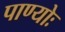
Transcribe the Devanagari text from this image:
पाण्योः